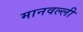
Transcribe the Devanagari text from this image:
मानवल्ली